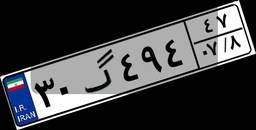
۷۴گ۴۷۸۵۱